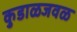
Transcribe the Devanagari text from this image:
कुडाळजवळ